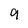
Character: 9